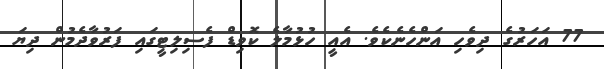
77 އަހަރުގެ ދިވެހި އަންހެނެކެވެ. އެއީ ހުޅުމާލެ ކޮވިޑް ފެސިލިޓީގައި ފަރުވާދެމުން ދިޔަ